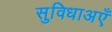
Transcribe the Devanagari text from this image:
सुविधाअएँ